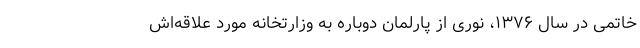
خاتمی در سال ۱۳۷۶، نوری از پارلمان دوباره به وزارتخانه مورد علاقه‌اش